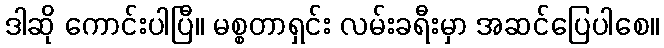
ဒါဆို ကောင်းပါပြီ။ မစ္စတာရှင်း လမ်းခရီးမှာ အဆင်ပြေပါစေ။